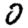
Digit: 0